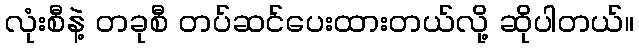
လုံးစီနဲ့ တခုစီ တပ်ဆင်ပေးထားတယ်လို့ ဆိုပါတယ်။